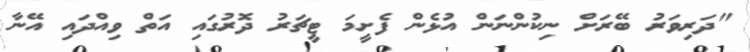
"ދަރިވަރު ބޭރަށް ނިކުންނަން އުޅެން ފެށީމަ ޓީޗަރު ދޮރުގައި އަތް ވިއްދައި އޭނާ